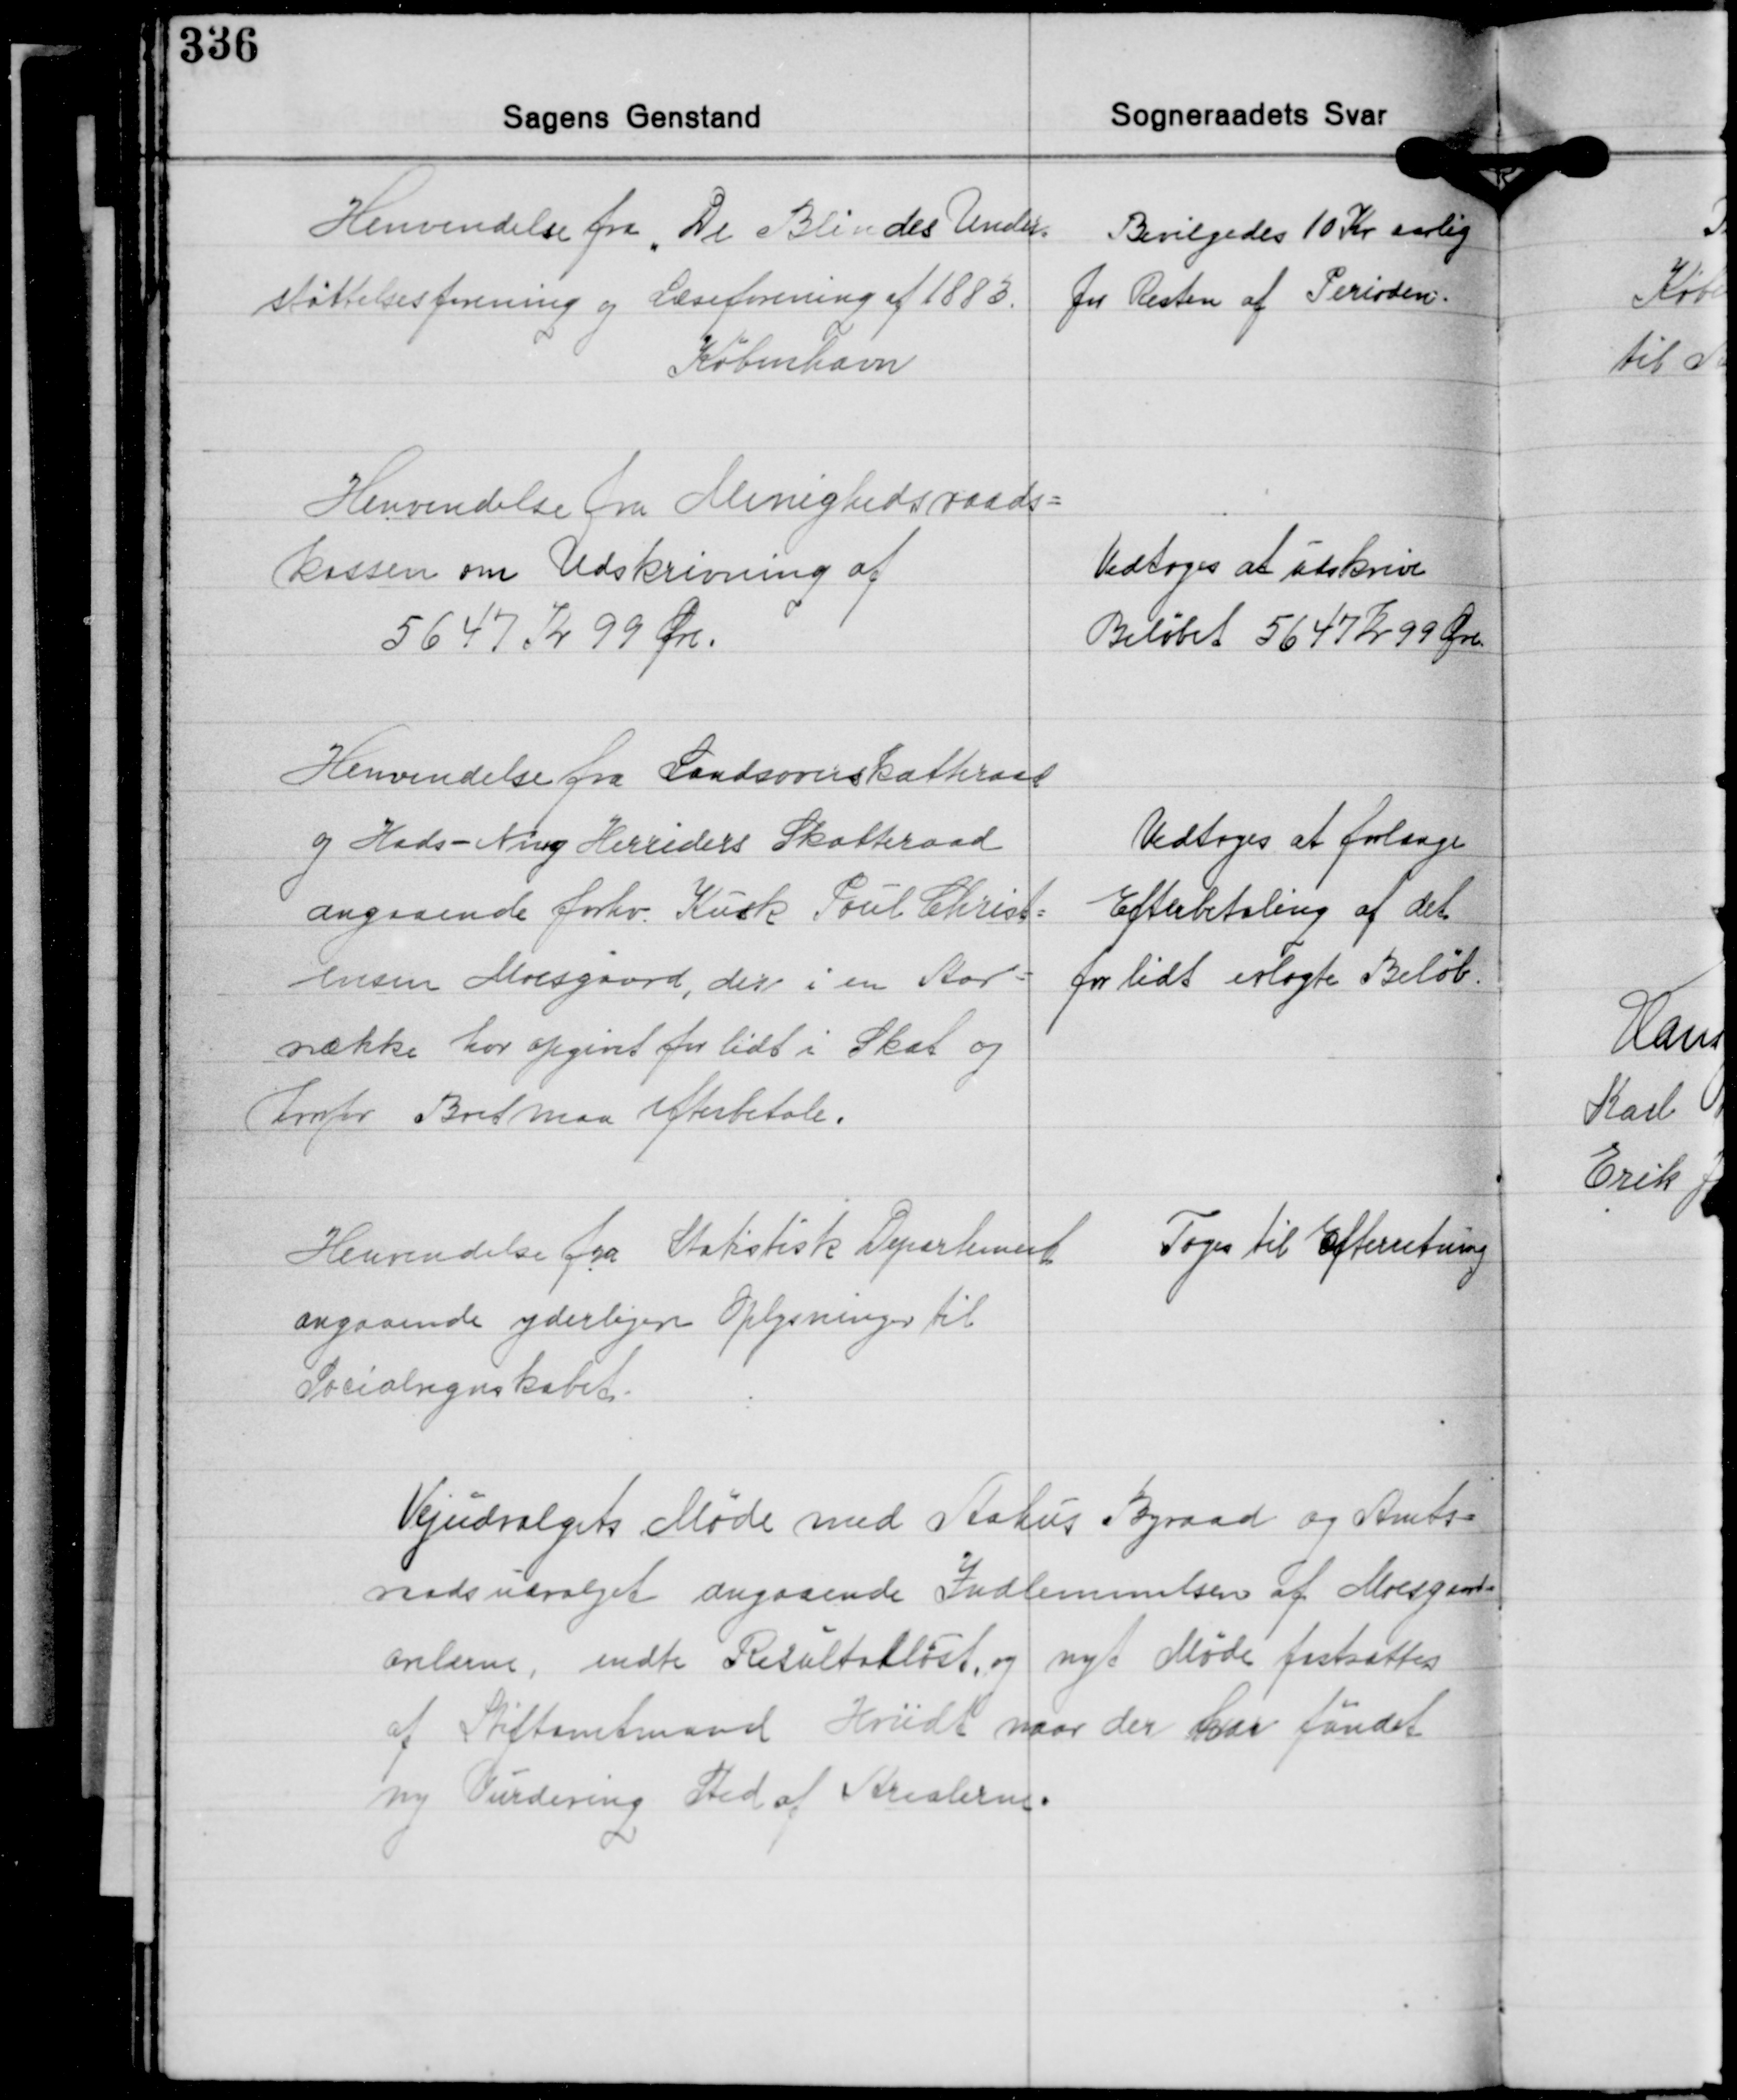
Transskription:
Henvendelse fra "De Blindes Under-
støttelsesforening og Læseforening af 1883.
København

Bevilgedes 10 Kr. aarlig
for Resten af Perioden.

Henvendelse fra Menighedsraads-
kassen om Udskrivning af
5647 Kr. 99 Øre.

Vedtoges at udskrive
Beløbet 5647 Kr. 99 Øre

Henvendelse fra Landsoverskatteraadet
og Hads-Ning Herreders Skatteraad
angaaende forhv. Kusk Poul Christ-
ensen Moesgaard, der i en Aar-
række har opgivet for lidt i Skat og
hvorfor Boet maa Efterbetale.

Vedtoges at forlange
Efterbetaling af det
for lidt erlagte Beløb.

Henvendelse fra Statistisk Department
angaaende yderligere Oplysninger til
Socialregnskabet.

Toges til Efterretning.

Vejudvalgets Møde med Aarhus Byraad og Amts-
raadsudvalget angaaende Indlemmelsen af Moesgaards-
arelerne, endte Resultatløst, og nyt Møde fastsattes
af Stiftamtmand Hviidt naar der har fundet
ny Vurdering Sted af Arealerne.